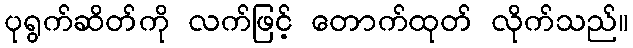
ပုရွက်ဆိတ်ကို လက်ဖြင့် တောက်ထုတ် လိုက်သည်။